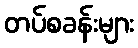
တပ်စခန်းများ